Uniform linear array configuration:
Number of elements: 48
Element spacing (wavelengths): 0.75
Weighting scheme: hamming
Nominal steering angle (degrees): -60
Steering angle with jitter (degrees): -59.872
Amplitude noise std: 0.05
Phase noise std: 0.05

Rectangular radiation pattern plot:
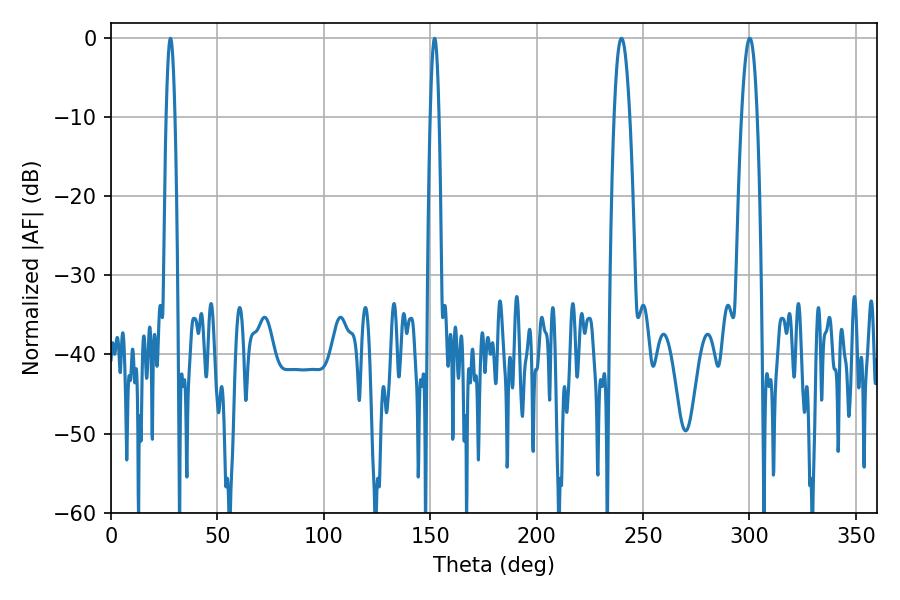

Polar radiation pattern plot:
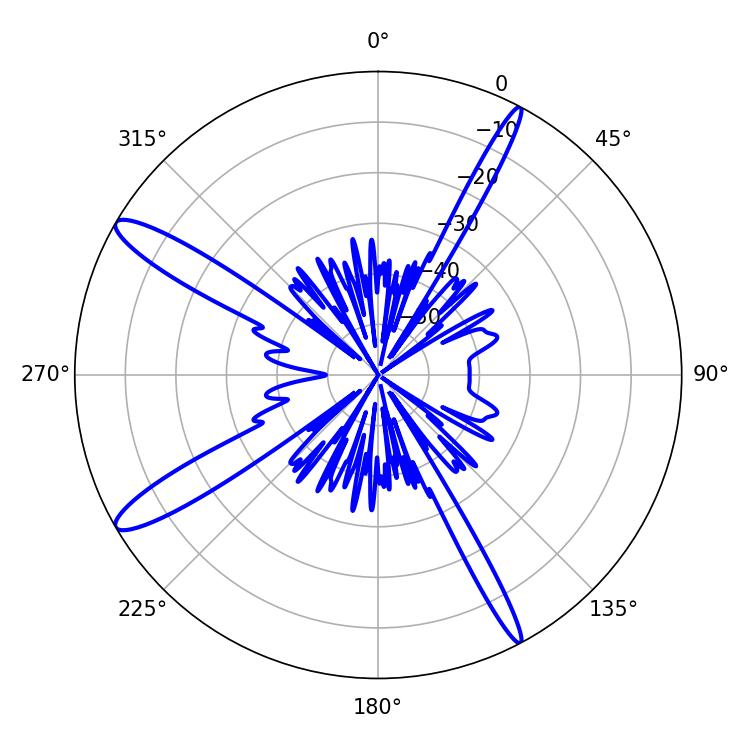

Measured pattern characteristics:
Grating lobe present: TRUE
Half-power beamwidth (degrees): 2.16
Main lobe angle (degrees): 27.9